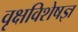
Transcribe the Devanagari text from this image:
वृक्षविशेषज्ञ